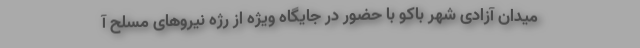
میدان آزادی شهر باکو با حضور در جایگاه ویژه از رژه نیروهای مسلح آ